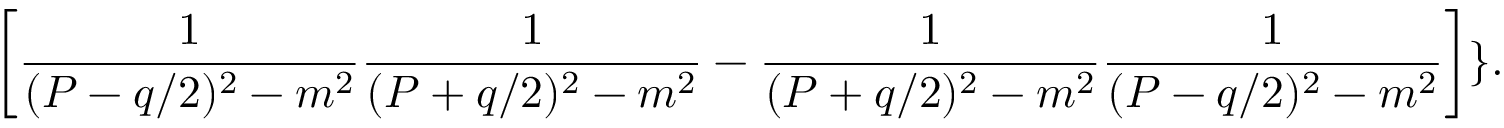
\left[ { \frac { 1 } { ( { \cal P } - q / 2 ) ^ { 2 } - m ^ { 2 } } } { \frac { 1 } { ( { \cal P } + q / 2 ) ^ { 2 } - m ^ { 2 } } } - { \frac { 1 } { ( { \cal P } + q / 2 ) ^ { 2 } - m ^ { 2 } } } { \frac { 1 } { ( { \cal P } - q / 2 ) ^ { 2 } - m ^ { 2 } } } \right] \} .